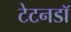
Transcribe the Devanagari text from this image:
टेटनडॉ